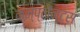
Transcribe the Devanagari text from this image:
कम्प्लेन्ट्स